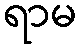
ရာမ